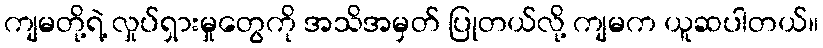
ကျမတို့ရဲ့ လှုပ်ရှားမှုတွေကို အသိအမှတ် ပြုတယ်လို့ ကျမက ယူဆပါတယ်။